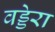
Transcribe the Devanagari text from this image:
वड्डेरा